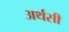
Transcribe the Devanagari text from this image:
अर्थसी